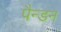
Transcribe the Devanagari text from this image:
पैन्डन